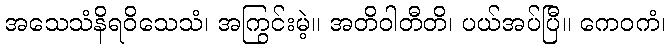
အသေသံနိရဝိသေသံ၊ အကြွင်းမဲ့။ အတိဝါတီတိ၊ ပယ်အပ်ပြီ။ ကေဝကံ၊